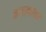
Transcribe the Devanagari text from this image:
हवहवासा